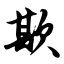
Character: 欺